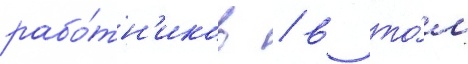
рабо́тн'иков / в то́м